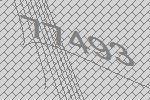
77493